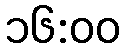
၁၆:၀၀